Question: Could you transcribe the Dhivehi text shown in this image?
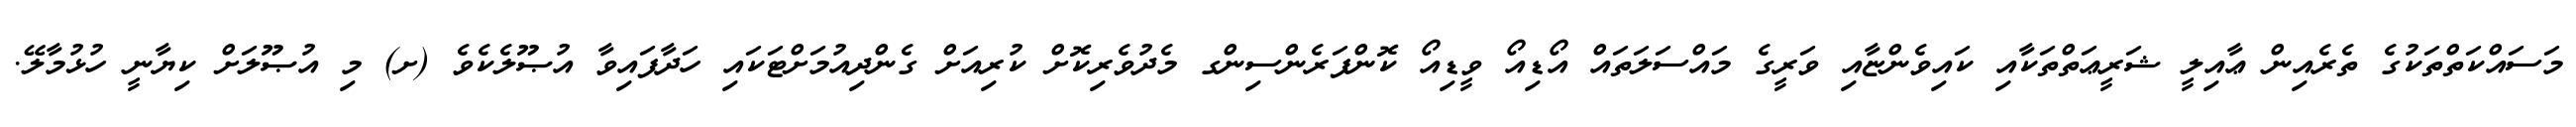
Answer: މަސައްކަތްތަކުގެ ތެރެއިން ޢާއިލީ ޝަރީޢަތްތަކާއި ކައިވެންޏާއި ވަރީގެ މައްސަލަތައް އޯޑިއޯ ވީޑިއޯ ކޮންފަރެންސިންގ މެދުވެރިކޮށް ކުރިއަށް ގެންދިއުމަށްޓަކައި ހަދާފައިވާ އުޞޫލެކެވެ (ށ) މި އުޞޫލަށް ކިޔާނީ ހުޅުމާލޭ.